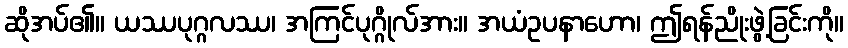
ဆိုအပ်၏။ ယဿပုဂ္ဂလဿ၊ အကြင်ပုဂ္ဂိုလ်အား။ အယံဥပနာဟော၊ ဤရန်ညိုးဖွဲ့ခြင်းကို။